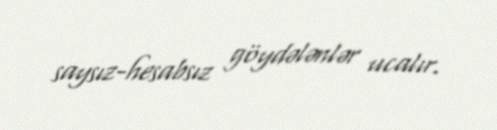
saysız-hesabsız göydələnlər ucalır.